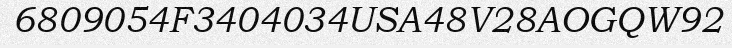
6809054F3404034USA48V28AOGQW92